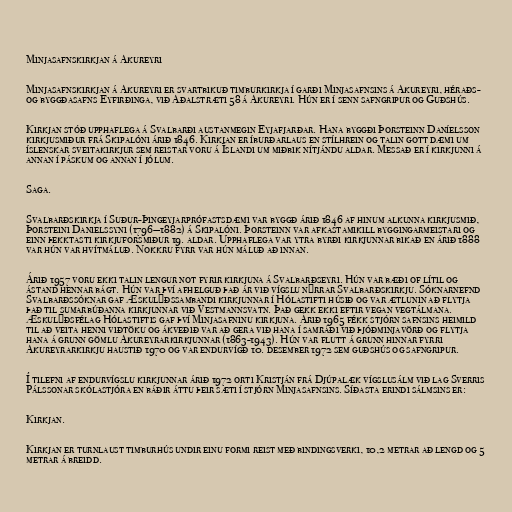
Minjasafnskirkjan á Akureyri

Minjasafnskirkjan á Akureyri er svartbikuð timburkirkja í garði Minjasafnsins á Akureyri, héraðs-
og byggðasafns Eyfirðinga, við Aðalstræti 58 á Akureyri. Hún er í senn safngripur og Guðshús.

Kirkjan stóð upphaflega á Svalbarði austanmegin Eyjafjarðar. Hana byggði Þorsteinn Daníelsson
kirkjusmiður frá Skipalóni árið 1846. Kirkjan er íburðarlaus en stílhrein og talin gott dæmi um
íslenskar sveitakirkjur sem reistar voru á Íslandi um miðbik nítjándu aldar. Messað er í kirkjunni á
annan í páskum og annan í jólum.

Saga.

Svalbarðskirkja í Suður-Þingeyjarprófastsdæmi var byggð árið 1846 af hinum alkunna kirkjusmið,
Þorsteini Danielssyni (1796—1882) á Skipalóni. Þorsteinn var afkastamikill byggingarmeistari og
einn þekktasti kirkjuforsmiður 19. aldar. Upphaflega var ytra byrði kirkjunnar bikað en árið 1888
var hún var hvítmáluð. Nokkru fyrr var hún máluð að innan.

Árið 1957 voru ekki talin lengur not fyrir kirkjuna á Svalbarðseyri. Hún var bæði of lítil og
ástand hennar bágt. Hún var því afhelguð það ár við vígslu nýrrar Svalbarðskirkju. Sóknarnefnd
Svalbarðssóknar gaf Æskulýðssambandi kirkjunnar í Hólastifti húsið og var ætlunin að flytja
það til sumarbúðanna kirkjunnar við Vestmannsvatn. Það gekk ekki eftir vegan vegtálmana.
Æskulýðsfélag Hólastiftis gaf því Minjasafninu kirkjuna. Árið 1965 fékk stjórn safnsins heimild
til að veita henni viðtöku og ákveðið var að gera við hana í samráði við þjóðminjavörð og flytja
hana á grunn gömlu Akureyrarkirkjunnar (1863-1943). Hún var flutt á grunn hinnar fyrri
Akureyrarkirkju haustið 1970 og var endurvígð 10. desember 1972 sem guðshús og safngripur.

Í tilefni af endurvígslu kirkjunnar árið 1972 orti Kristján frá Djúpalæk vígslusálm við lag Sverris
Pálssonar skólastjóra en báðir áttu þeir sæti í stjórn Minjasafnsins. Síðasta erindi sálmsins er:

Kirkjan.

Kirkjan er turnlaust timburhús undir einu formi reist með bindingsverki, 10,2 metrar að lengd og 5
metrar á breidd.